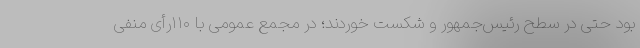
بود حتی در سطح رئیس‌جمهور و شکست خوردند؛ در مجمع عمومی با ۱۱۰رأی منفی